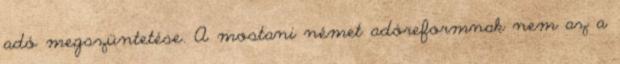
adó megszüntetése. A mostani német adóreformnak nem az a